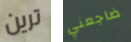
ترين ضاجعني